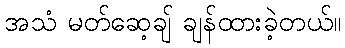
အသံ မတ်ဆေ့ချ် ချန်ထားခဲ့တယ်။